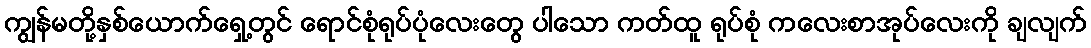
ကျွန်မတို့နှစ်ယောက်ရှေ့တွင် ရောင်စုံရုပ်ပုံလေးတွေ ပါသော ကတ်ထူ ရုပ်စုံ ကလေးစာအုပ်လေးကို ချလျက်